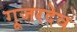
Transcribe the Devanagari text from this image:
गूजरदेव